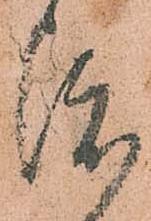
渡